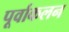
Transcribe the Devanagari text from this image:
पूर्वाकलन